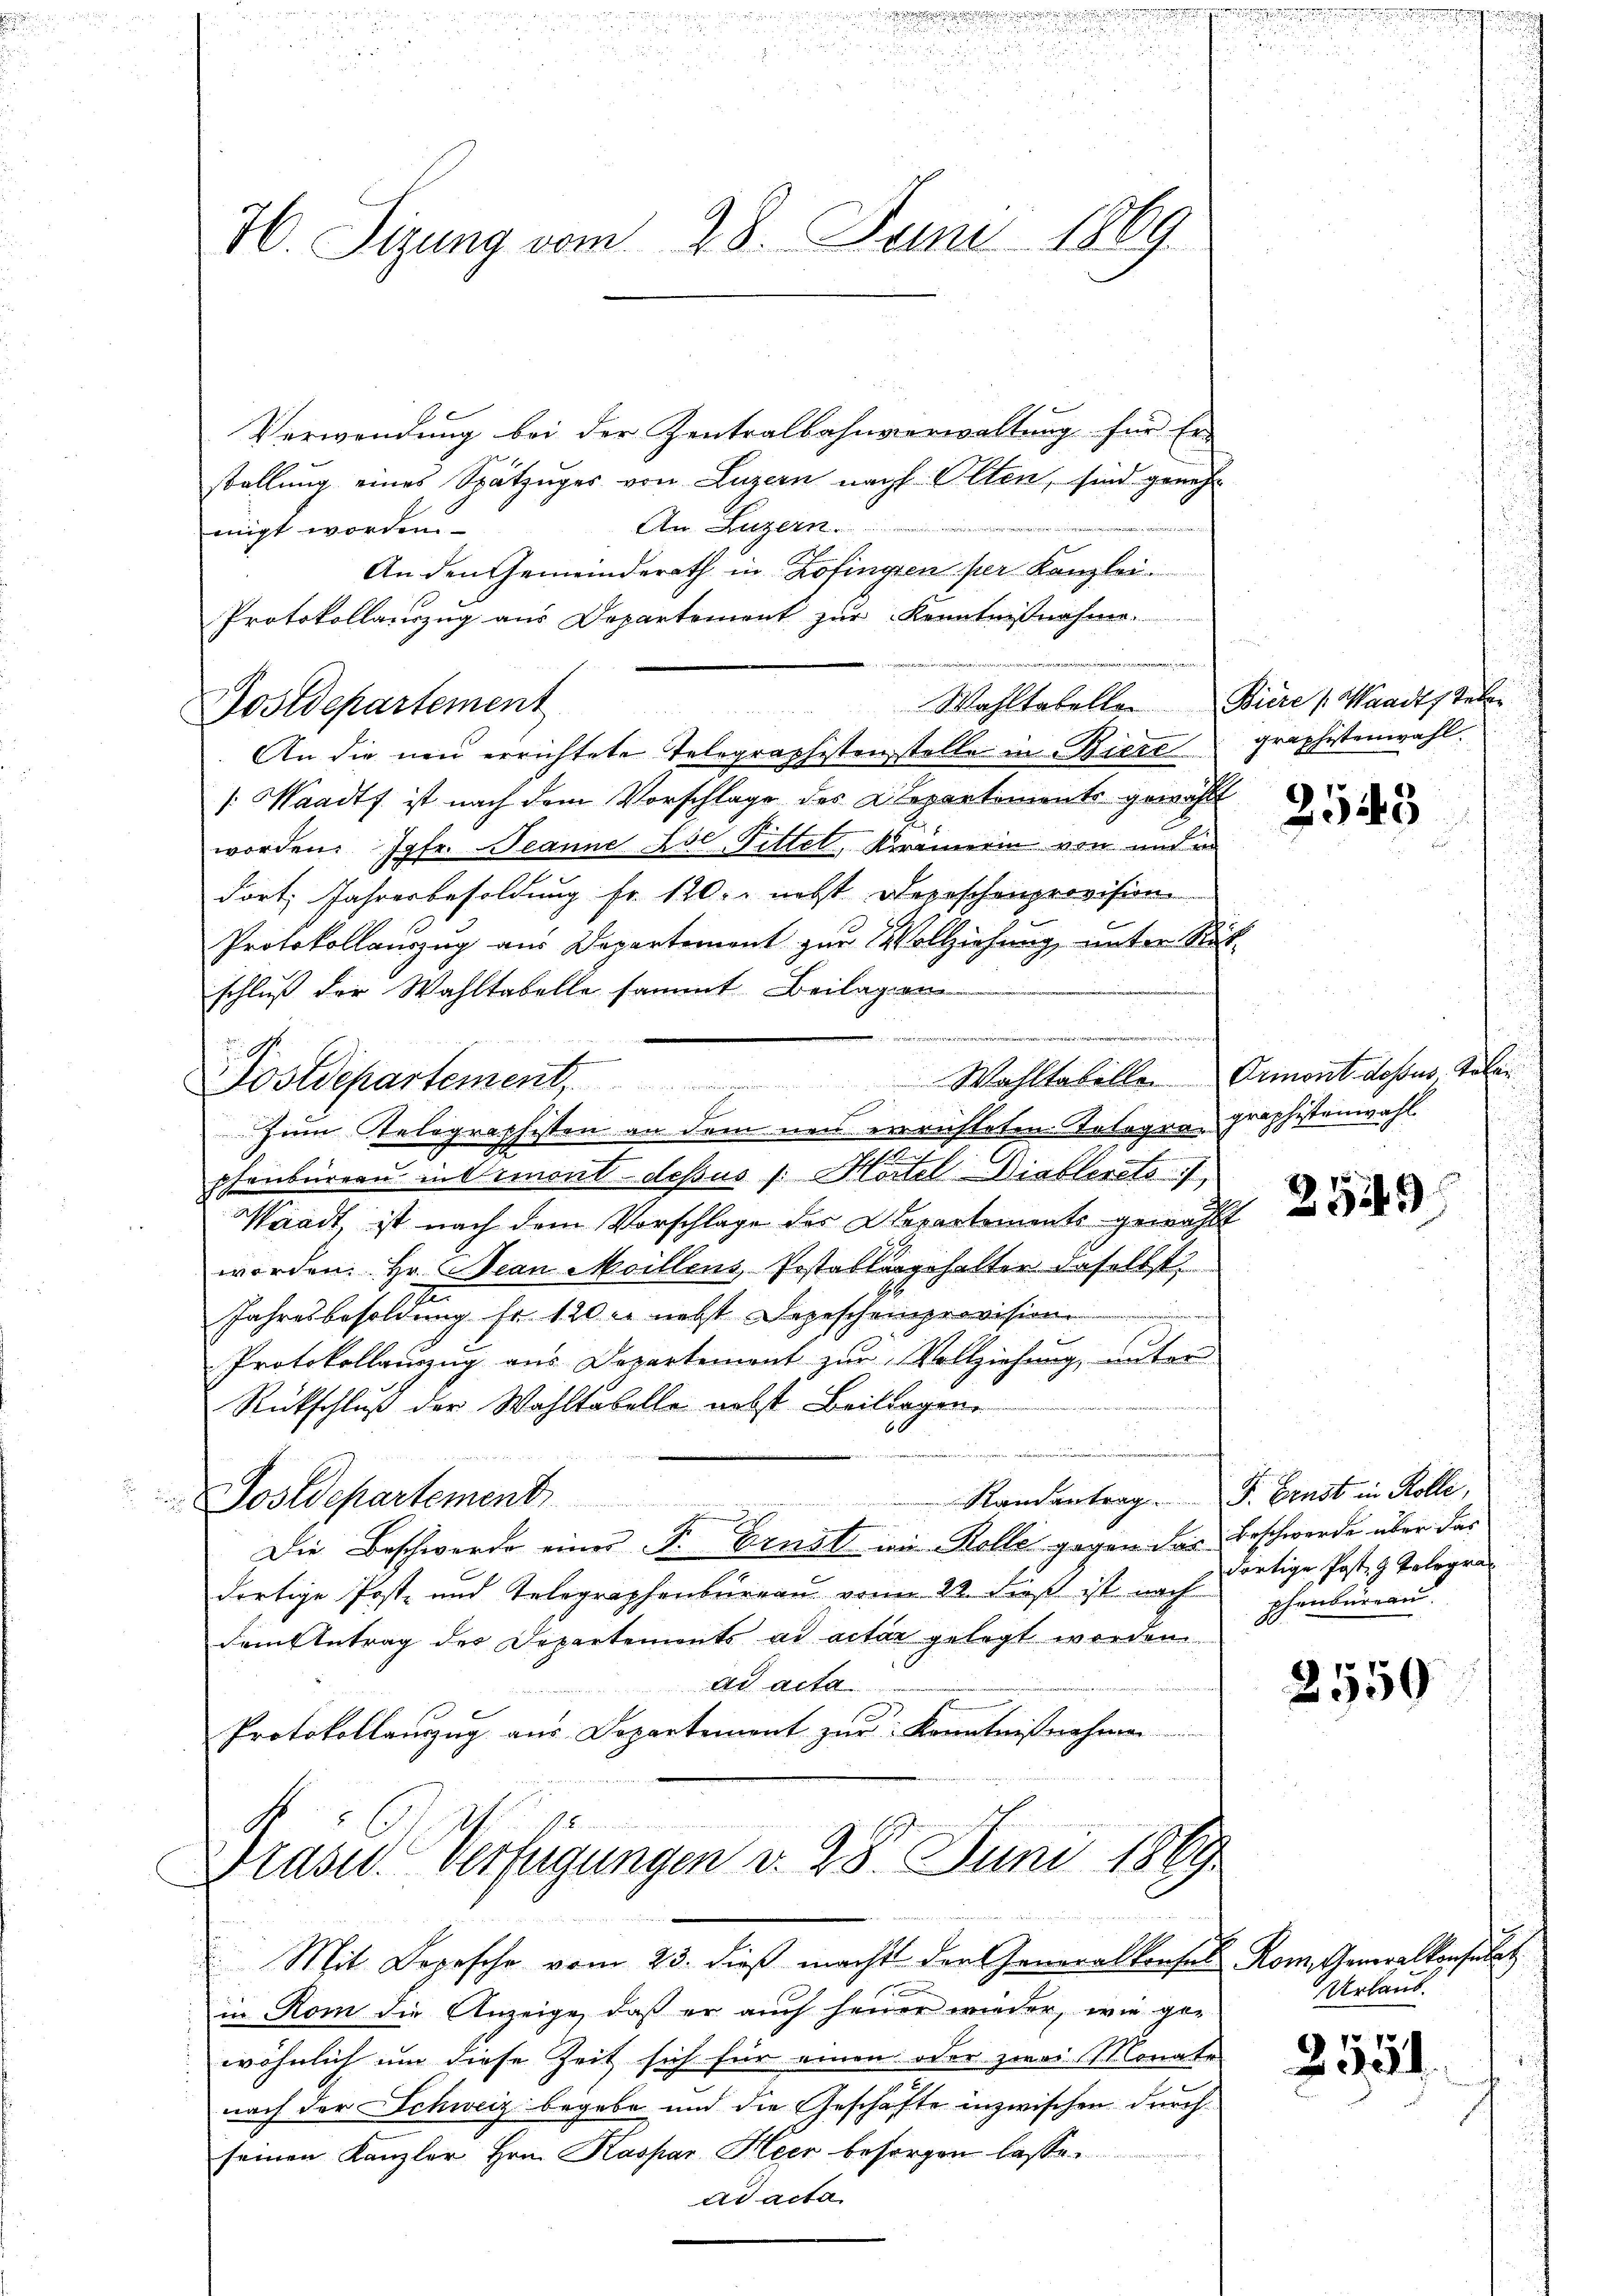
76. Sizung vom 28. Juni 1869

Postdepartement

Verwendung bei der Zentralbahnverwaltung für Er-
stellung eines Spätzüger von Luzern nach Olten, sind geneh¬
2
An Luzern.
migt worden.
An den Gemeinderath in Zofingen per Kanzlei
Protokollauszug aus Departement zur Kenntnißnahme.
e
An die neu errichtete Telegraphistenstelle in Biere
 Waadt ist nach dem Vorschlage des Departements gewählt
worden Jgfr. Jeanne Asl Pittel, Krämerin von und er
dort Jahresbesoldung fr. 120. nebst deroschenprovision
Protokollauszug aus Departement zur Vollziehung, unter Reschluß der Wahltabelle sammt Beilagen

phenbureau in demont dessus /: Mortel-Diablerets,
Waadt, ist nach dem Vorschlage des Departements gewählt
worden. Hr. Jean Moillens, Pestattergehalten daselbst
e
Jahresbesoldung sr 120 l. nebst Depescheinprovision
Protokollanzug aus Departement zur Vollziehung, unter
Rückschluß der Wahltabelle nebst Beitragen
Randentrag. F. Ernst in Kolle,
Postdepartement
Die Beschwerde einer Fr. Ernst wie Kolle gegen das Beschwerde über das
dortige Post- und Telegraphenburgau von 22. dieß ist nach
dem Antrag der Departements ad acter gelegt werden.
ad acta
Protokollauzug aus Departement zur Kenntnißnahmen

e
u
Postdepartement. Wohltabellen Ormont dessus Kolin
zum Telographisten an dem neu errichteten Telegragraphistenwahl

Brasid. Verfügungen v. 28. Juni 1869.
 ich eine eine
1

Wahltabellen Biere Waadt stehen

Mit Depesche vom 23. dieß macht der Generalkonses Rom. Generalkonsulat
n
in Rom die Anzeige, daß er auch heuer wieder, wie gewöhnlich um diese Zeit sich für einen oder zwei Monate
nach der Schweiz begabe und die Geschäfte inzwischen durch
seinen Kanzler Hrn. Kaspar Heer besorgen lasse.
ad acta

graphistenwahl.

i

2543

252)

dortige Post, z. Kologra
phenbureau.

2559

Urlaub.

2154